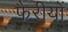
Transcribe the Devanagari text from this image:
फैरीयों